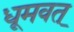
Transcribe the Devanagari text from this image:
धूमवत्